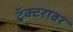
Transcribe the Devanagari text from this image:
ट्रॅक्टरावर